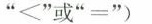
”<”或”=”)